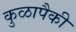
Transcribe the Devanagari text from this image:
कुळापैकी